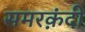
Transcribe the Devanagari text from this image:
समरक़ंदी